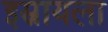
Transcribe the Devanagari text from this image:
इस्रायला